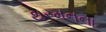
થરમનના